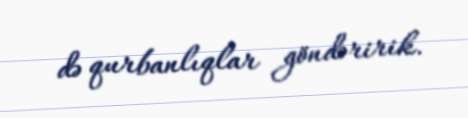
də qurbanlıqlar göndəririk.